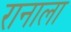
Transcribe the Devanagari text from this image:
रानाला